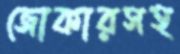
জোকারসহ